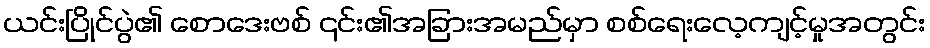
ယင်းပြိုင်ပွဲ၏ စောဒေးဗစ် ၎င်း၏အခြားအမည်မှာ စစ်ရေးလေ့ကျင့်မှုအတွင်း